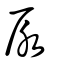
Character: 尿